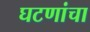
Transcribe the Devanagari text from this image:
घटणांचा